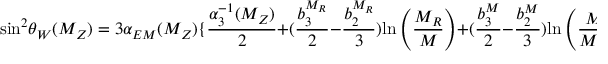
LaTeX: \mathrm { s i n } ^ { 2 } \theta _ { W } ( M _ { Z } ) = 3 \alpha _ { E M } ( M _ { Z } ) \{ \frac { \alpha _ { 3 } ^ { - 1 } ( M _ { Z } ) } { 2 } + ( \frac { b _ { 3 } ^ { M _ { R } } } { 2 } - \frac { b _ { 2 } ^ { M _ { R } } } { 3 } ) \mathrm { l n } \left( { \frac { M _ { R } } { M } } \right) + ( \frac { b _ { 3 } ^ { M } } { 2 } - \frac { b _ { 2 } ^ { M } } { 3 } ) \mathrm { l n } \left( { \frac { M } { M _ { Z } } } \right) \} .